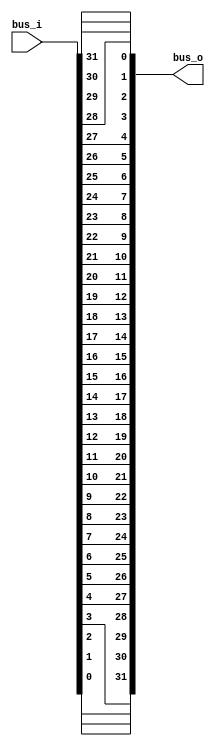
// 
//
// Copyright (c) 2019 Authors of "Buffets: An Efficient and Composable Storage Idiom for Explicit Decoupled Data
// Orchestration".
//
// Permission is hereby granted, free of charge, to any person obtaining a copy of this software and associated
// documentation files (the "Software"), to deal in the Software without restriction, including without limitation the
// rights to use, copy, modify, merge, publish, distribute, sublicense, and/or sell copies of the Software, and to
// permit persons to whom the Software is furnished to do so, subject to the following conditions:
//
// The above copyright notice and this permission notice shall be included in all copies or substantial portions of the
// Software.
//
// THE SOFTWARE IS PROVIDED "AS IS", WITHOUT WARRANTY OF ANY KIND, EXPRESS OR IMPLIED, INCLUDING BUT NOT LIMITED TO THE
// WARRANTIES OF MERCHANTABILITY, FITNESS FOR A PARTICULAR PURPOSE AND NONINFRINGEMENT. IN NO EVENT SHALL THE AUTHORS OR
// COPYRIGHT HOLDERS BE LIABLE FOR ANY CLAIM, DAMAGES OR OTHER LIABILITY, WHETHER IN AN ACTION OF CONTRACT, TORT OR
// OTHERWISE, ARISING FROM, OUT OF OR IN CONNECTION WITH THE SOFTWARE OR THE USE OR OTHER DEALINGS IN THE SOFTWARE.



/*
* Module to reverse a bus
*/

module reverse(bus_i, bus_o);

    parameter WIDTH = 32;

    input [WIDTH-1:0] bus_i;
    output [WIDTH-1:0] bus_o;

    genvar i;
    generate
    for(i=0;i<WIDTH;i=i+1) begin : reverse
        assign bus_o[i] = bus_i[WIDTH-1-i];
    end
    endgenerate

endmodule